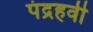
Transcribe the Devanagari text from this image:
पंद्रहवीँ